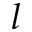
l